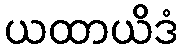
ယထာယိဒံ